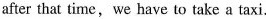
after that time,we have to take a taxi.